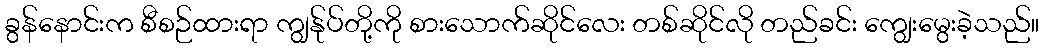
ခွန်နောင်းက စီစဉ်ထားရာ ကျွန်ုပ်တို့ကို စားသောက်ဆိုင်လေး တစ်ဆိုင်လို တည်ခင်း ကျွေးမွေးခဲ့သည်။